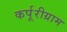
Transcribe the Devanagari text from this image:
कर्पूरीग्राम